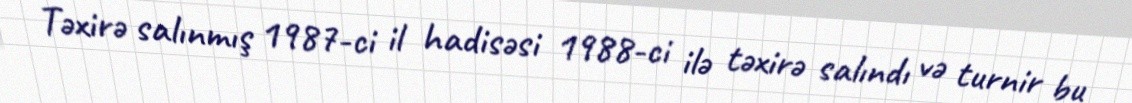
Təxirə salınmış 1987-ci il hadisəsi 1988-ci ilə təxirə salındı və turnir bu